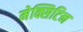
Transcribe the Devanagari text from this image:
मेक्सिटिन